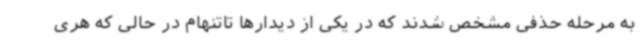
به مرحله حذفی مشخص شدند که در یکی از دیدارها تاتنهام در حالی که هری